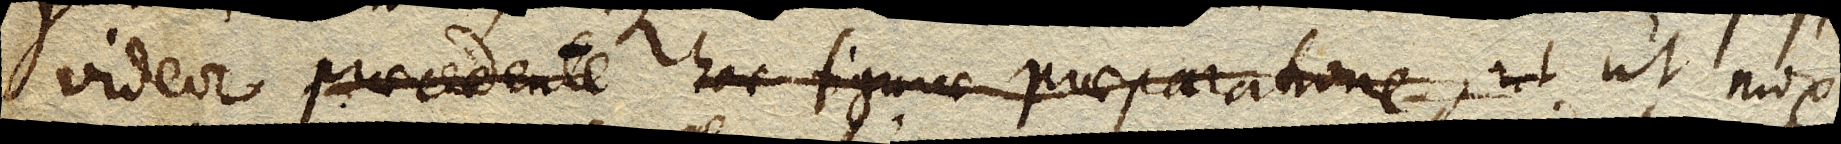
videor procedente hac figurae praeparatione, ut ut mox